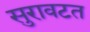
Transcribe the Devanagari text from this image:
सुरावटत